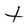
Character: t